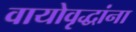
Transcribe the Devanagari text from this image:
वायोवृद्धांना